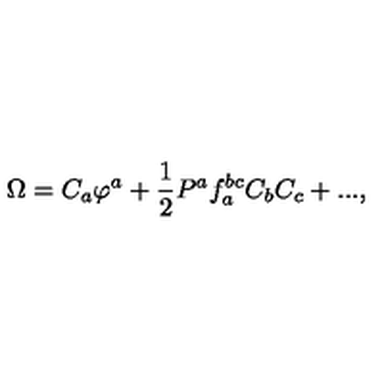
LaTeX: \Omega = C _ { a } \varphi ^ { a } + \frac { 1 } { 2 } P ^ { a } f _ { a } ^ { b c } C _ { b } C _ { c } + . . . ,